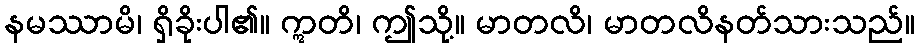
နမဿာမိ၊ ရှိခိုးပါ၏။ ဣတိ၊ ဤသို့။ မာတလိ၊ မာတလိနတ်သားသည်။